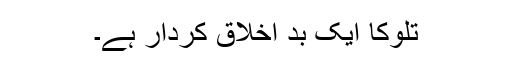
تلوکا ایک بد اخلاق کردار ہے۔